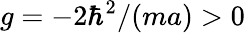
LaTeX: g=-2\hbar^{2}/(ma)>0